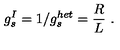
g _ { s } ^ { I } = 1 / g _ { s } ^ { h e t } = { \frac { R } { L } } \ .